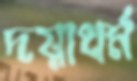
দয়াধর্ম